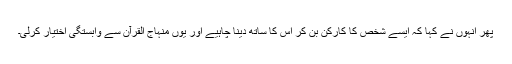
پھر انہوں نے کہا کہ ایسے شخص کا کارکن بن کر اس کا ساتھ دینا چاہیے اور یوں منہاج القرآن سے وابستگی اختیار کرلی۔